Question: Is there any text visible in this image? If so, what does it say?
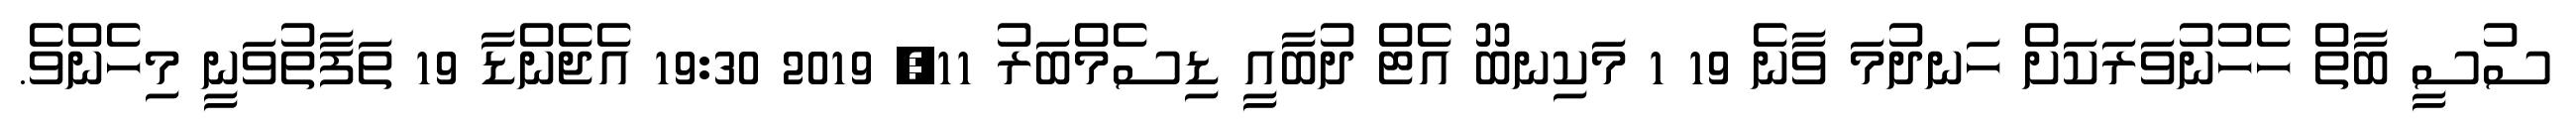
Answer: ސުސީ ބާތް ހެހުނުވަރަކަށް ހަނދުމަ ވާނެ 19 1 މަކިނބޫ އެޓް ދުބާއީ ޑިސެމްބަރު 11, 2019 19:30 އެޖެންޑާ 19 ތަފާތުވަނީ މިހެންވެ.